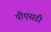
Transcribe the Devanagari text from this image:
पीएसडी